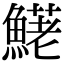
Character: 𩺆